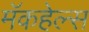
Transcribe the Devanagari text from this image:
मॅकहेल्स